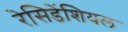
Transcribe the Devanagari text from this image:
रेसिडेंशियल